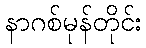
နာဂစ်မုန်တိုင်း